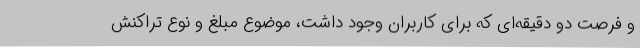
و فرصت دو دقیقه‌ای که برای کاربران وجود داشت، موضوع مبلغ و نوع تراکنش